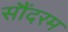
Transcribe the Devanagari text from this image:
सौंदरम